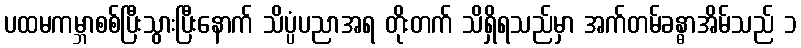
ပထမကမ္ဘာစစ်ပြီးသွားပြီးနောက် သိပ္ပံပညာအရ တိုးတက် သိရှိရသည်မှာ အက်တမ်ခန္ဓာအိမ်သည် ၁